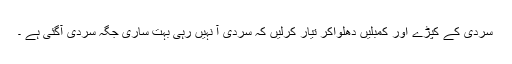
سردی کے کپڑے اور کمبلیں دھلواکر تیار کرلیں کہ سردی آ نہیں رہی بہت ساری جگہ سردی آگئی ہے ۔